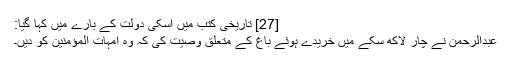
[27] تاریخی کتب میں اسکی دولت کے بارے میں کہا گیا:
عبدالرحمن نے چار لاکھ سکے میں خریدے ہوئے باغ کے متعلق وصیت کی کہ وہ امہات المؤمنین کو دیں۔